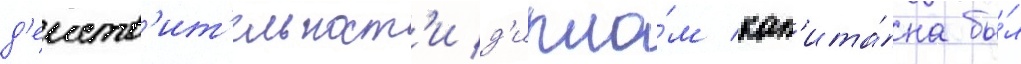
д'еиств'ит'ельност'и д'ипло́м кап'ита́на бы́л